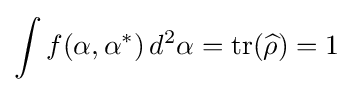
\int f(\alpha ,\alpha ^{*})\,d^{2}\alpha =\operatorname {tr} ({\widehat {\rho }})=1